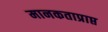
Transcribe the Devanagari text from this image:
मानकताप्राप्त